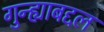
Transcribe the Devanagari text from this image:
गुन्ह्याबद्दल